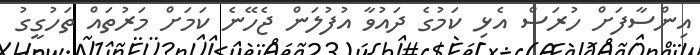
އިންސާފަށް ހުރަސް އެޅި ކަމުގެ ދައުވާ އުފުލަން ޖެހޭނެ ކަމަށް މަރުތައް ތަހުގީގު